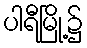
ပါရီမြို့၌